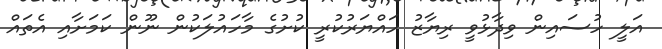
އަލީ ހުސައިން ވިދާޅުވީ ރިޔާޒު ހައްޔަރުކުރީ ކުށުގެ މާހައުލަކުން ނޫން ކަމަށާއި އެތައް